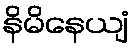
နိမိနေယျံ